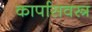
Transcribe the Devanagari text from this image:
कार्पासवस्त्र